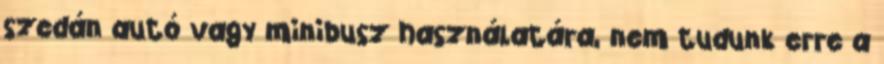
szedán autó vagy minibusz használatára, nem tudunk erre a